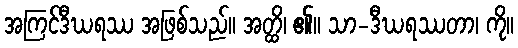
အကြင်ဒီဃရဿ အဖြစ်သည်။ အတ္ထိ၊ ၏။ သာ-ဒီဃရဿတာ၊ ကို။